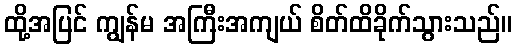
ထို့အပြင် ကျွန်မ အကြီးအကျယ် စိတ်ထိခိုက်သွားသည်။